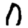
Digit: 0